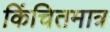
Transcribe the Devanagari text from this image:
किंचितमात्र